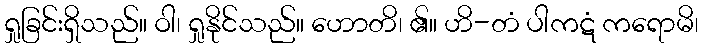
ရှုခြင်းရှိသည်။ ဝါ၊ ရှုနိုင်သည်။ ဟောတိ၊ ၏။ ဟိ-တံ ပါကဋံ ကရောမိ၊